Civil Veterinary Dept. Bombay admin report 1932-41 - 1932-1941
Year: 1932
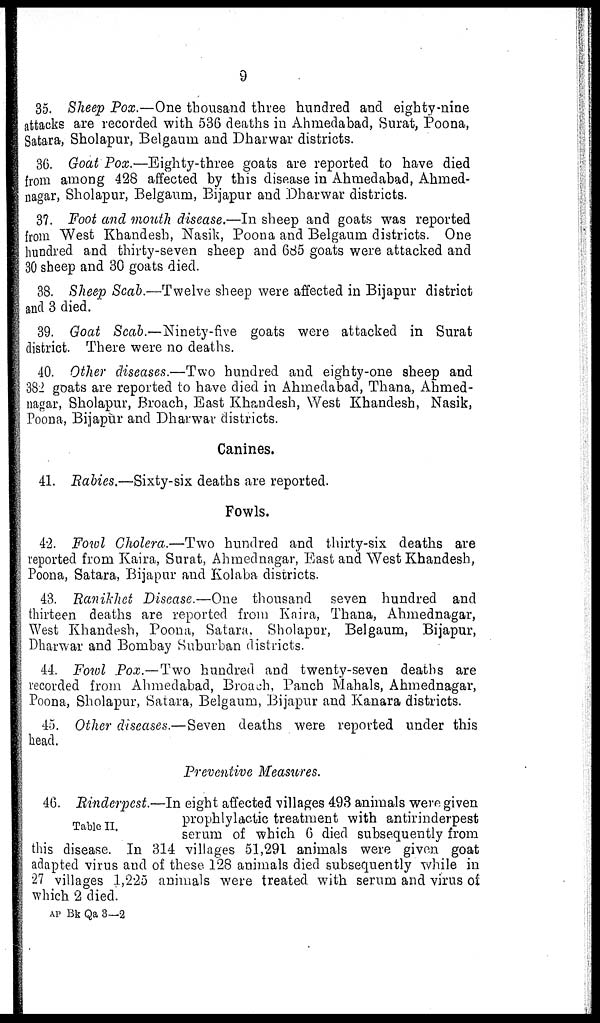
9
35. Sheep Pox.—One thousand three hundred and eighty-nine
attacks are recorded with 536 deaths in Ahmedabad, Surat, Poona,
Satara, Sholapur, Belgaum and Dharwar districts.
36. Goat Pox.—Eighty-three goats are reported to have died
from among 428 affected by this disease in Ahmedabad, Ahmed-
nagar, Sholapur, Belgaum, Bijapur and Dharwar districts.
37. Foot and mouth disease.—In sheep and goats was reported
from West Khandesh, Nasik, Poona and Belgaum districts. One
hundred and thirty-seven sheep and 685 goats were attacked and
30 sheep and 30 goats died.
38. Sheep Scab.—Twelve sheep were affected in Bijapur district
and 3 died.
39. Goat Scab.—Ninety-five goats were attacked in Surat
district. There were no deaths.
40. Other diseases.—Two hundred and eighty-one sheep and
382 goats are reported to have died in Ahmedabad, Thana, Ahmed-
nagar, Sholapur, Broach, East Khandesh, West Khandesh, Nasik,
Poona, Bijapur and Dharwar districts.
Canines.
41. Rabies.—Sixty-six deaths are reported.
Fowls.
42. Fowl Cholera.—Two hundred and thirty-six deaths are
reported from Kaira, Surat, Ahmednagar, East and West Khandesh,
Poona, Satara, Bijapur and Kolaba districts.
43. Ranikhet Disease.—One thousand seven hundred and
thirteen deaths are reported from Kaira, Thana, Ahmednagar,
West Khandesh, Poona, Satara, Sholapur, Belgaum, Bijapur,
Dharwar and Bombay Suburban districts.
44. Fowl Pox.—Two hundred and twenty-seven deaths are
recorded from Ahmedabad, Broach, Panch Mahals, Ahmednagar,
Poona, Sholapur, Satara, Belgaum, Bijapur and Kanara districts.
45. Other diseases.—Seven deaths were reported under this
head.
Preventive Measures.
Table II.
46. Rinderpest.—In eight affected villages 493 animals were given
prophlylactic treatment with antirinderpest
serum of which 6 died subsequently from
this disease. In 314 villages 51,291 animals were given goat
adapted virus and of these 128 animals died subsequently while in
27 villages 1,225 animals were treated with serum and virus of
which 2 died.
AP Bk Qa 3—2